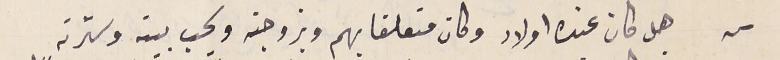
س هل كان عنده اولاد وكان متعلقا بهم وبزوجته ويحب بيته وسترته